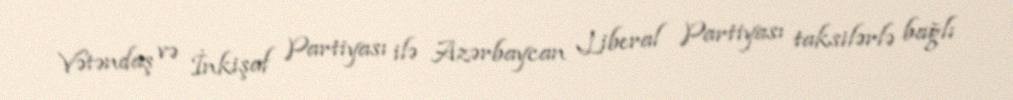
Vətəndaş və İnkişaf Partiyası ilə Azərbaycan Liberal Partiyası taksilərlə bağlı